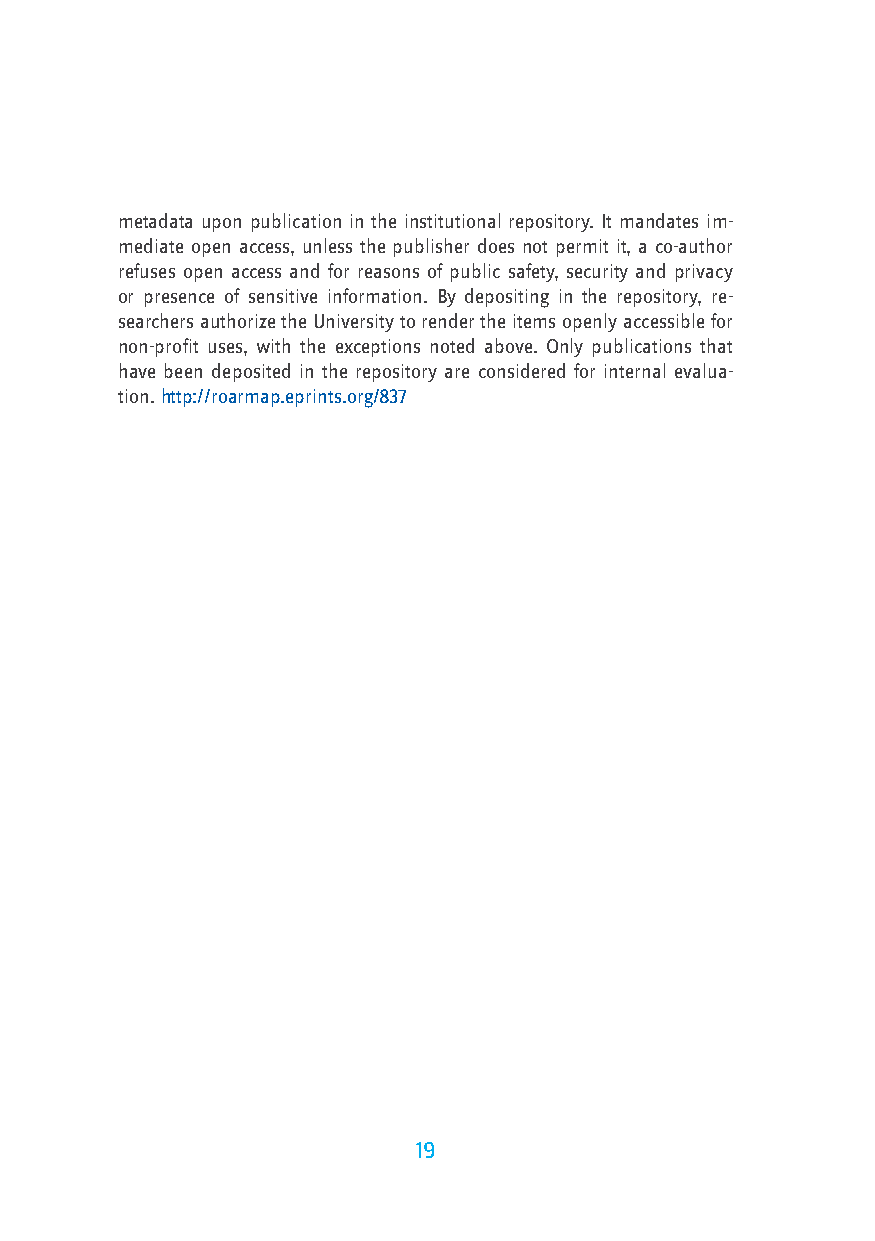
metadata upon publication in the institutional repository. It mandates im-
 mediate open access, unless the publisher does not permit it, a co-author
 refuses open access and for reasons of public safety, security and privacy
 or presence of sensitive information. By depositing in the repository, re-
 searchers authorize the University to render the items openly accessible for
 non-profit uses, with the exceptions noted above. Only publications that
 have been deposited in the repository are considered for internal evalua-
 tion. http://roarmap.eprints.org/837
 19